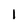
Character: l